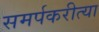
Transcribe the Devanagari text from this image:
समर्पकरीत्या